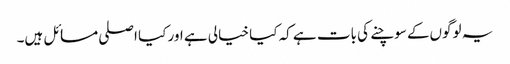
یہ لوگوں‌کے سوچنے کی بات ہے کہ کیا خیالی ہے اور کیا اصلی مسائل ہیں۔